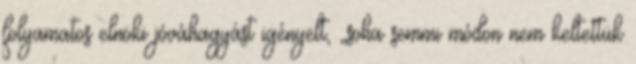
folyamatos elnöki jóváhagyást igényelt, „soha semmi módon nem keltettük